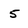
Character: 5